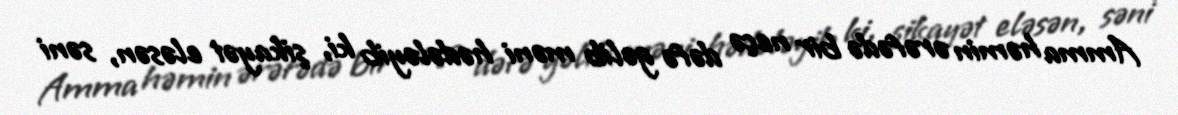
Amma həmin ərəfədə bir neçə dəfə gəlib məni hədələyib ki, şikayət eləsən, səni